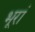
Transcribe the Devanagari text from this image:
भूरां